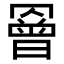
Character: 𦌘